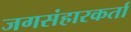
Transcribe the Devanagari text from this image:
जगसंहारकर्ता